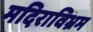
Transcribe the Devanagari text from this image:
मदिराविभ्रम